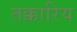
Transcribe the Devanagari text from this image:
तक्कारिय